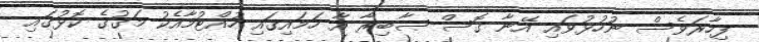
ފިހާރަވެސް ނުހުޅުވައި އޭނާ ގޮސް ޞާބިރާ އާ ހަމައިގައި ހުއްޓުމާއެކު މަގުގެ ކޮޅުގައި